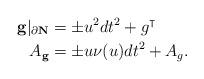
LaTeX: \begin{align*}{\bf g} |_{\partial \bf N} &= \pm u^2 dt^2 + g^\intercal\\A_{\bf g} &= \pm u \nu ( u) dt^2 + A_g.\end{align*}